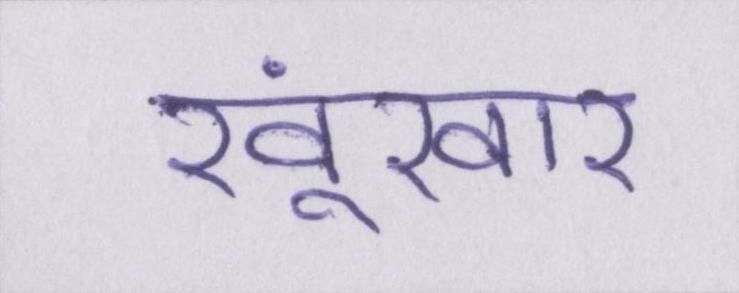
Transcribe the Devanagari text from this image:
खूंखार